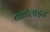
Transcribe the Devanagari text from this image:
बार्बॉलाइन